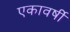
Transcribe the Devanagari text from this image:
एकावर्षी